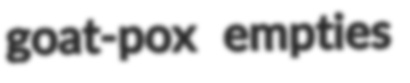
goat-pox empties